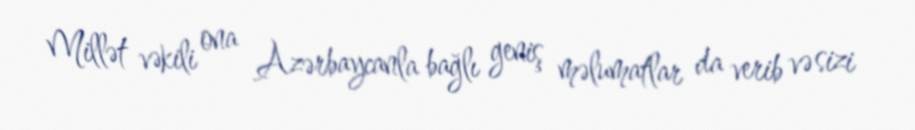
Millət vəkili ona Azərbaycanla bağlı geniş məlumatlar da verib və sizi